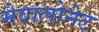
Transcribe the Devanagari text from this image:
मेवालोनेट